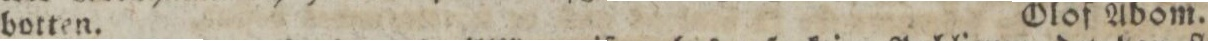
botten.    Olof Ådom.